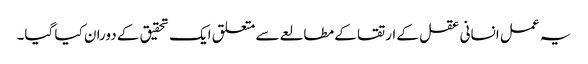
یہ عمل انسانی عقل کے ارتقا کے مطالعے سے متعلق ایک تحقیق کے دوران کیا گیا۔